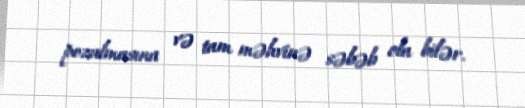
pozulmasına və tam məhvinə səbəb ola bilər.